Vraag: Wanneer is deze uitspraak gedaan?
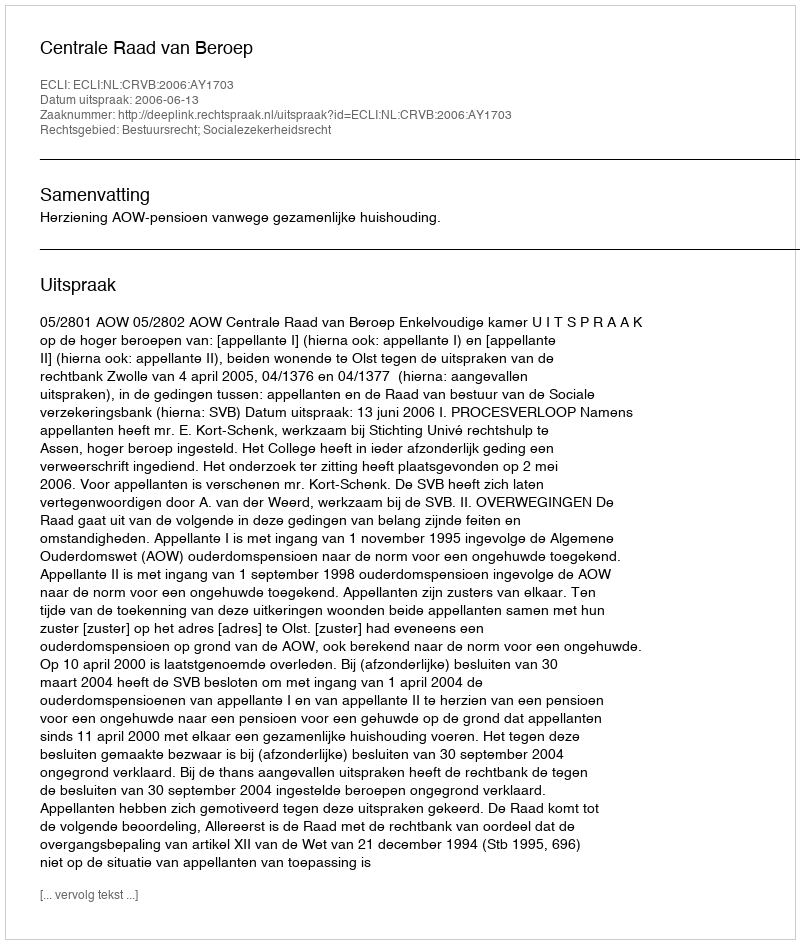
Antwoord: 2006-06-13